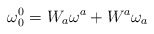
\begin{align*}\mathbf{\omega }_{0}^{0}=W_{a}\mathbf{\omega }^{a}+W^{a}\mathbf{\omega }_{a}\end{align*}